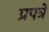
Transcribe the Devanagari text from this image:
प्रपत्रे